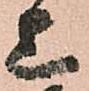
上